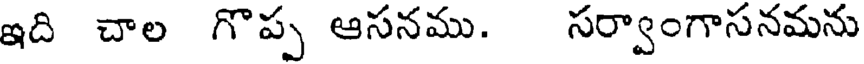
ఇది చాల గొప్ప ఆసనము. సర్వాంగాసనమను